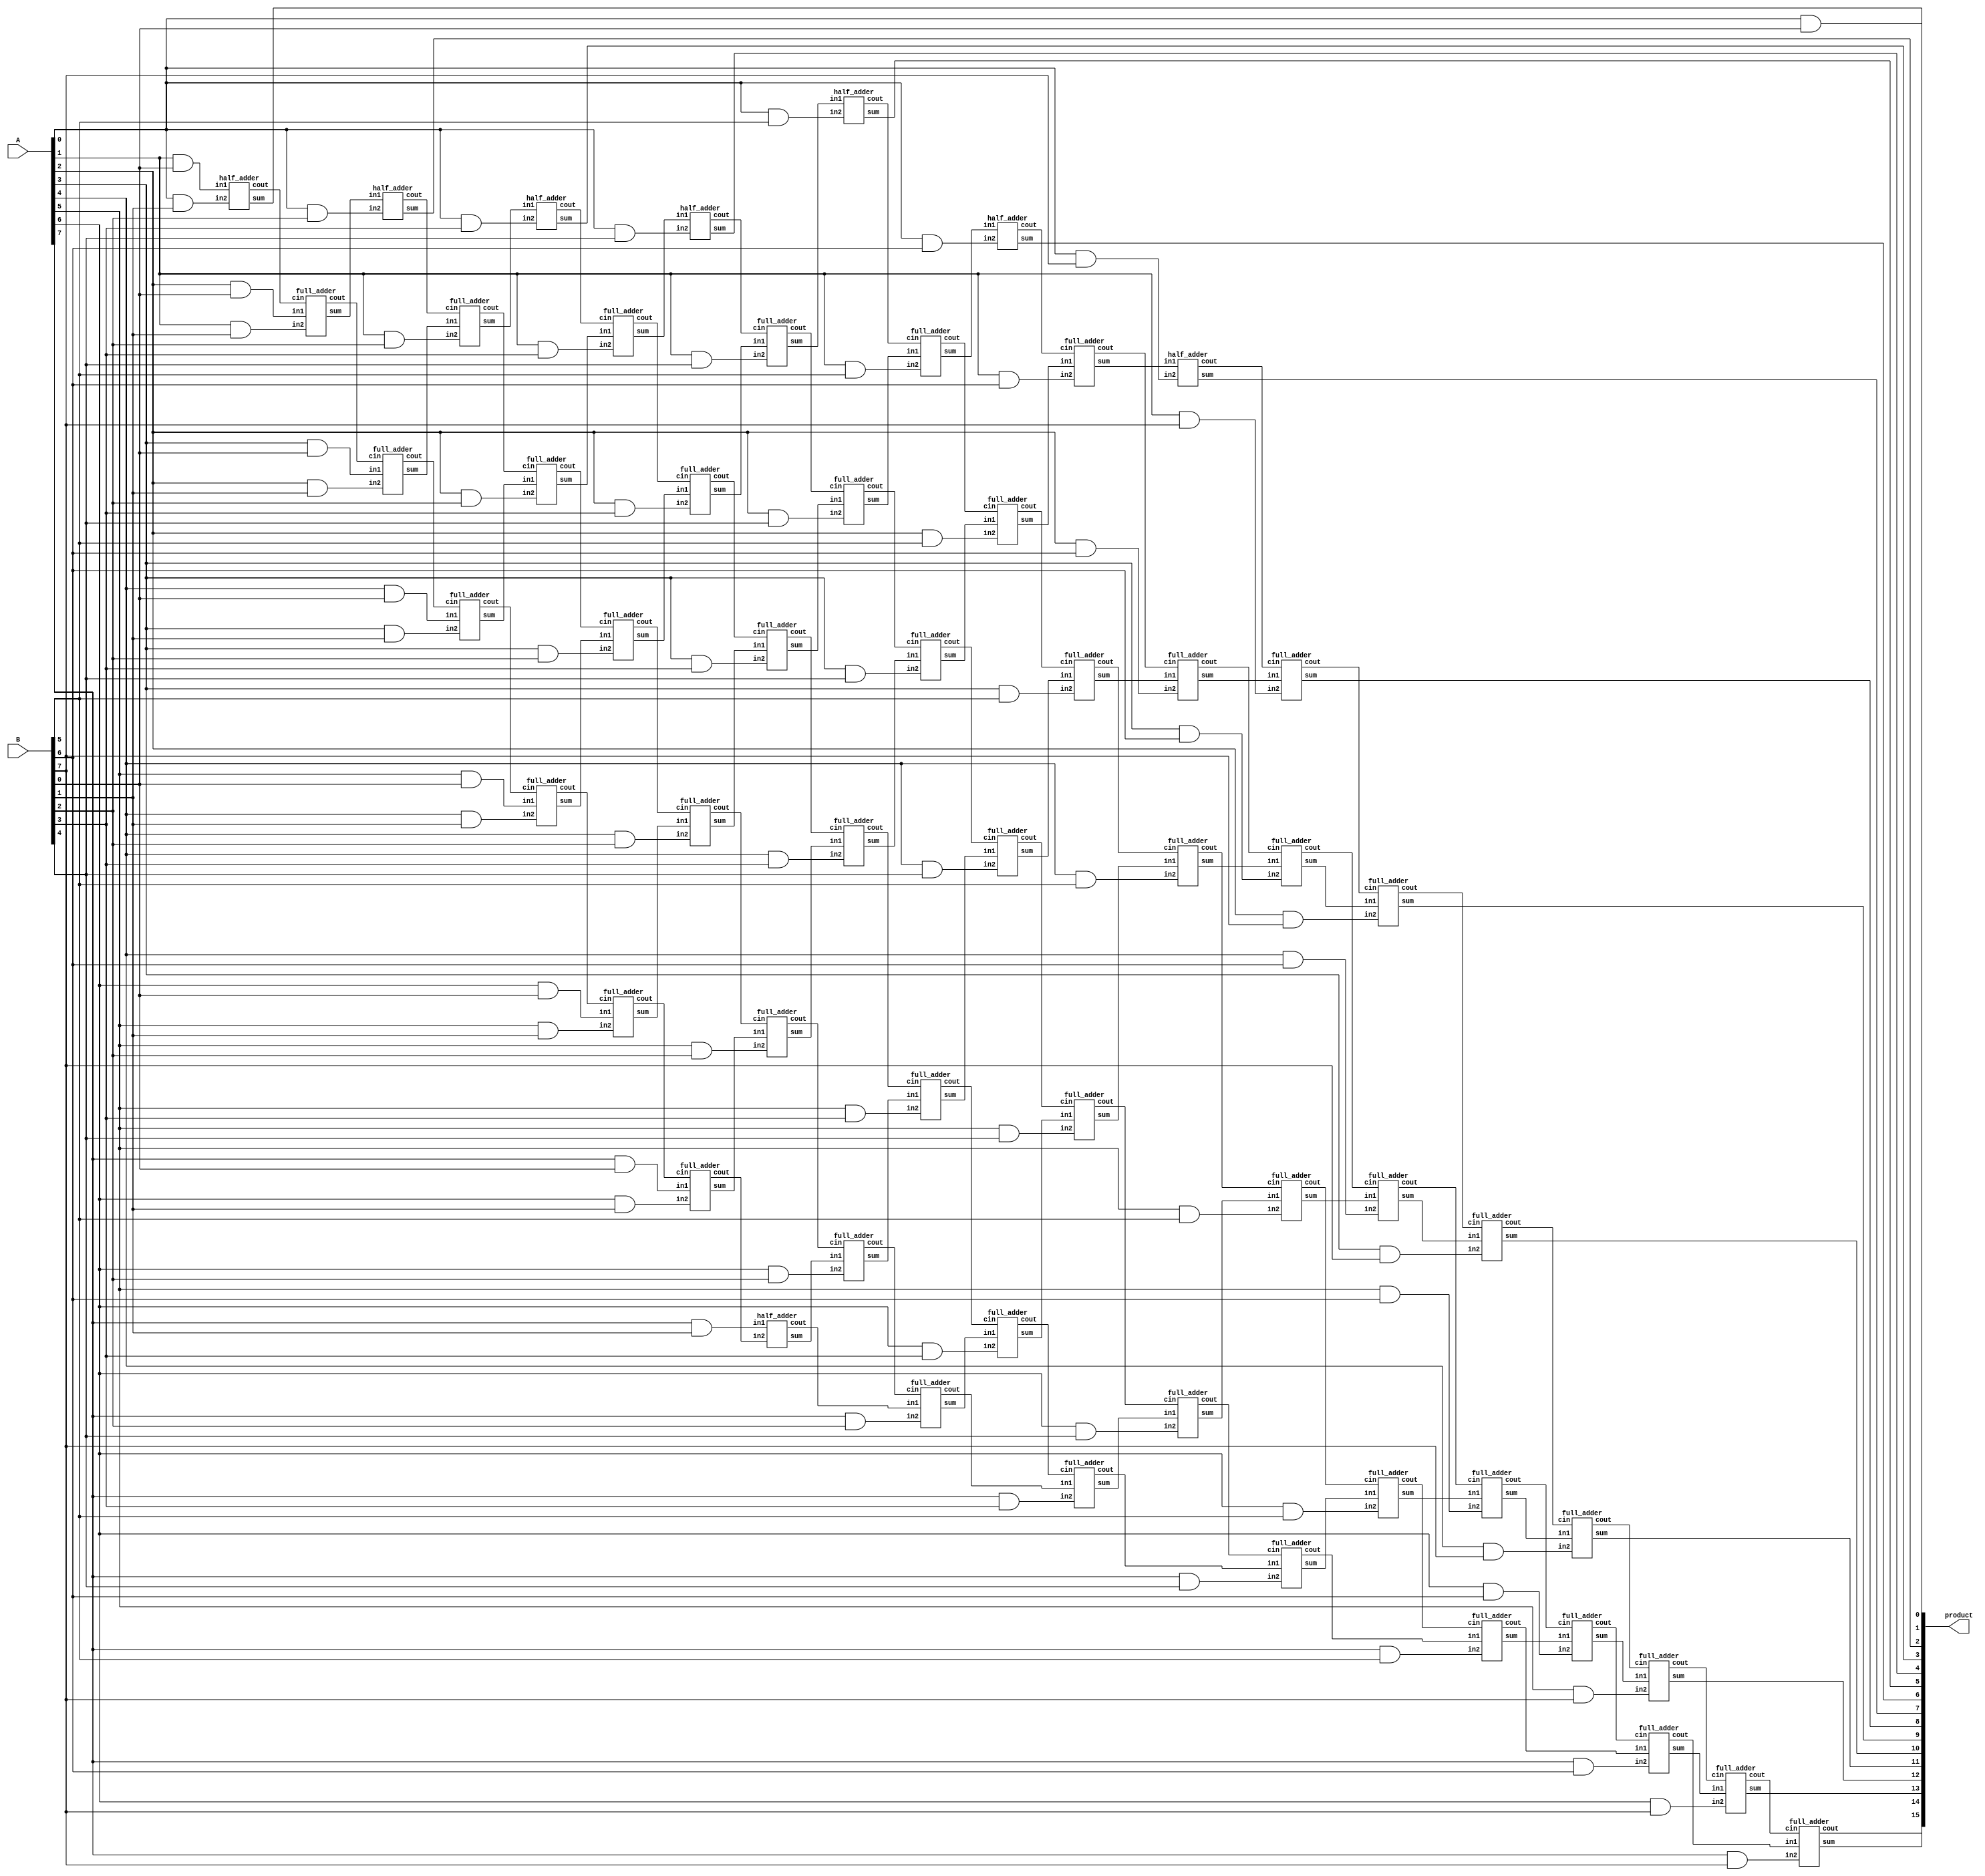
module array_unsigned_multiplier_8(output wire [15:0] product,
                          input wire [7:0] A, B);


and AND1(a0b0, A[0], B[0]);
and AND2(a0b1, A[0], B[1]);
and AND3(a0b2, A[0], B[2]);
and AND4(a0b3, A[0], B[3]);
and AND5(a0b4, A[0], B[4]);
and AND6(a0b5, A[0], B[5]);
and AND7(a0b6, A[0], B[6]);
and AND8(a0b7, A[0], B[7]);
and AND9(a1b0, A[1], B[0]);
and AND10(a1b1, A[1], B[1]);
and AND11(a1b2, A[1], B[2]);
and AND12(a1b3, A[1], B[3]);
and AND13(a1b4, A[1], B[4]);
and AND14(a1b5, A[1], B[5]);
and AND15(a1b6, A[1], B[6]);
and AND16(a1b7, A[1], B[7]);
and AND17(a2b0, A[2], B[0]);
and AND18(a2b1, A[2], B[1]);
and AND19(a2b2, A[2], B[2]);
and AND20(a2b3, A[2], B[3]);
and AND21(a2b4, A[2], B[4]);
and AND22(a2b5, A[2], B[5]);
and AND23(a2b6, A[2], B[6]);
and AND24(a2b7, A[2], B[7]);
and AND25(a3b0, A[3], B[0]);
and AND26(a3b1, A[3], B[1]);
and AND27(a3b2, A[3], B[2]);
and AND28(a3b3, A[3], B[3]);
and AND29(a3b4, A[3], B[4]);
and AND30(a3b5, A[3], B[5]);
and AND31(a3b6, A[3], B[6]);
and AND32(a3b7, A[3], B[7]);
and AND33(a4b0, A[4], B[0]);
and AND34(a4b1, A[4], B[1]);
and AND35(a4b2, A[4], B[2]);
and AND36(a4b3, A[4], B[3]);
and AND37(a4b4, A[4], B[4]);
and AND38(a4b5, A[4], B[5]);
and AND39(a4b6, A[4], B[6]);
and AND40(a4b7, A[4], B[7]);
and AND41(a5b0, A[5], B[0]);
and AND42(a5b1, A[5], B[1]);
and AND43(a5b2, A[5], B[2]);
and AND44(a5b3, A[5], B[3]);
and AND45(a5b4, A[5], B[4]);
and AND46(a5b5, A[5], B[5]);
and AND47(a5b6, A[5], B[6]);
and AND48(a5b7, A[5], B[7]);
and AND49(a6b0, A[6], B[0]);
and AND50(a6b1, A[6], B[1]);
and AND51(a6b2, A[6], B[2]);
and AND52(a6b3, A[6], B[3]);
and AND53(a6b4, A[6], B[4]);
and AND54(a6b5, A[6], B[5]);
and AND55(a6b6, A[6], B[6]);
and AND56(a6b7, A[6], B[7]);
and AND57(a7b0, A[7], B[0]);
and AND58(a7b1, A[7], B[1]);
and AND59(a7b2, A[7], B[2]);
and AND60(a7b3, A[7], B[3]);
and AND61(a7b4, A[7], B[4]);
and AND62(a7b5, A[7], B[5]);
and AND63(a7b6, A[7], B[6]);
and AND64(a7b7, A[7], B[7]);

assign product[0] = a0b0;

/* row 0 */
half_adder HA0_1(product[1], c0_0, a1b0, a0b1);
full_adder FA0_1(s0_1, c0_1,       a2b0, a1b1, c0_0);
full_adder FA0_2(s0_2, c0_2,       a3b0, a2b1, c0_1);
full_adder FA0_3(s0_3, c0_3,       a4b0, a3b1, c0_2);
full_adder FA0_4(s0_4, c0_4,       a5b0, a4b1, c0_3);
full_adder FA0_5(s0_5, c0_5,       a6b0, a5b1, c0_4);
full_adder FA0_6(s0_6, c0_6,       a7b0, a6b1, c0_5);
half_adder HA0_2(s0_7, c0_7,             a7b1, c0_6);

/* row 1 */
half_adder HA1_1(product[2], c1_0, s0_1, a0b2);
full_adder FA1_1(s1_1, c1_1,       s0_2, a1b2, c1_0);
full_adder FA1_2(s1_2, c1_2,       s0_3, a2b2, c1_1);
full_adder FA1_3(s1_3, c1_3,       s0_4, a3b2, c1_2);
full_adder FA1_4(s1_4, c1_4,       s0_5, a4b2, c1_3);
full_adder FA1_5(s1_5, c1_5,       s0_6, a5b2, c1_4);
full_adder FA1_6(s1_6, c1_6,       s0_7, a6b2, c1_5);
full_adder FA1_7(s1_7, c1_7,       c0_7, a7b2, c1_6);

/* row 2 */
half_adder HA2_1(product[3], c2_0, s1_1, a0b3);
full_adder FA2_1(s2_1, c2_1,       s1_2, a1b3, c2_0);
full_adder FA2_2(s2_2, c2_2,       s1_3, a2b3, c2_1);
full_adder FA2_3(s2_3, c2_3,       s1_4, a3b3, c2_2);
full_adder FA2_4(s2_4, c2_4,       s1_5, a4b3, c2_3);
full_adder FA2_5(s2_5, c2_5,       s1_6, a5b3, c2_4);
full_adder FA2_6(s2_6, c2_6,       s1_7, a6b3, c2_5);
full_adder FA2_7(s2_7, c2_7,       c1_7, a7b3, c2_6);

/* row 3 */
half_adder HA3_1(product[4], c3_0, s2_1, a0b4);
full_adder FA3_1(s3_1, c3_1,       s2_2, a1b4, c3_0);
full_adder FA3_2(s3_2, c3_2,       s2_3, a2b4, c3_1);
full_adder FA3_3(s3_3, c3_3,       s2_4, a3b4, c3_2);
full_adder FA3_4(s3_4, c3_4,       s2_5, a4b4, c3_3);
full_adder FA3_5(s3_5, c3_5,       s2_6, a5b4, c3_4);
full_adder FA3_6(s3_6, c3_6,       s2_7, a6b4, c3_5);
full_adder FA3_7(s3_7, c3_7,       c2_7, a7b4, c3_6);

/* row 4 */
half_adder HA4_1(product[5], c4_0, s3_1, a0b5);
full_adder FA4_1(s4_1, c4_1,       s3_2, a1b5, c4_0);
full_adder FA4_2(s4_2, c4_2,       s3_3, a2b5, c4_1);
full_adder FA4_3(s4_3, c4_3,       s3_4, a3b5, c4_2);
full_adder FA4_4(s4_4, c4_4,       s3_5, a4b5, c4_3);
full_adder FA4_5(s4_5, c4_5,       s3_6, a5b5, c4_4);
full_adder FA4_6(s4_6, c4_6,       s3_7, a6b5, c4_5);
full_adder FA4_7(s4_7, c4_7,       c3_7, a7b5, c4_6);

/* row 5 */
half_adder HA5_1(product[6], c5_0, s4_1, a0b6);
full_adder FA5_1(s5_1, c5_1,       s4_2, a1b6, c5_0);
full_adder FA5_2(s5_2, c5_2,       s4_3, a2b6, c5_1);
full_adder FA5_3(s5_3, c5_3,       s4_4, a3b6, c5_2);
full_adder FA5_4(s5_4, c5_4,       s4_5, a4b6, c5_3);
full_adder FA5_5(s5_5, c5_5,       s4_6, a5b6, c5_4);
full_adder FA5_6(s5_6, c5_6,       s4_7, a6b6, c5_5);
full_adder FA5_7(s5_7, c5_7,       c4_7, a7b6, c5_6);

/* row 6 */
half_adder HA6_1(product[7],  c6_0,         s5_1, a0b7);
full_adder FA6_1(product[8],  c6_1,         s5_2, a1b7, c6_0);
full_adder FA6_2(product[9],  c6_2,         s5_3, a2b7, c6_1);
full_adder FA6_3(product[10], c6_3,         s5_4, a3b7, c6_2);
full_adder FA6_4(product[11], c6_4,         s5_5, a4b7, c6_3);
full_adder FA6_5(product[12], c6_5,         s5_6, a5b7, c6_4);
full_adder FA6_6(product[13], c6_6,         s5_7, a6b7, c6_5);
full_adder FA6_7(product[14], product[15],  c5_7, a7b7, c6_6);
endmodule


module full_adder(output wire sum,
                  output wire cout,
                  input wire in1,
                  input wire in2,
                  input wire cin);
    wire temp1;
    wire temp2;
    wire temp3;
    xor(sum, in1, in2, cin);
    and(temp1,in1,in2);
    and(temp2,in1,cin);
    and(temp3,in2,cin);
    or(cout,temp1,temp2,temp3);
endmodule

module half_adder(output wire sum,
                  output wire cout,
                  input wire in1,
                  input wire in2);
    xor(sum, in1, in2);
    and(cout, in1, in2);
endmodule